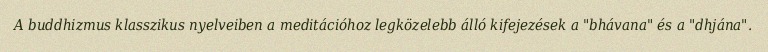
A buddhizmus klasszikus nyelveiben a meditációhoz legközelebb álló kifejezések a "bhávana" és a "dhjána".